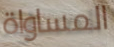
المساواة